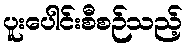
ပူးပေါင်းစီစဉ်သည့်